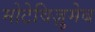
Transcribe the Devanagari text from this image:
मोटेविज़ुमेब